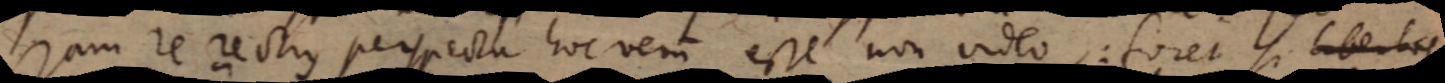
jam re rectius perspecta hoc verum esse non video: foret si libertas